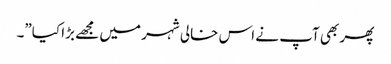
پھر بھی آپ نے اس خالی شہر میں مجھے بڑا کیا”۔